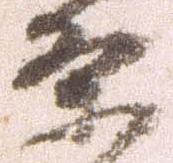
条